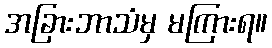
အခြားဘာသံမှ မကြားရ။